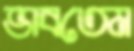
ভাবতেম